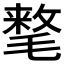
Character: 𰚰